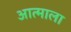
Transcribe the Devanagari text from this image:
आत्माला